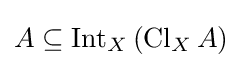
A\subseteq \operatorname {Int} _{X}\left(\operatorname {Cl} _{X}A\right)